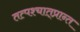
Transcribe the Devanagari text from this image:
तत्पश्‍चात्‌प्रान्त